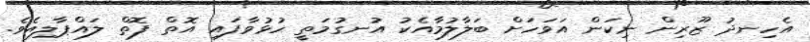
އެހިނދު ޒޫރިން ނިކަން އަވަހަށް ބަލާލުމާއެކު އުނގުމަތީ ހުޅުވާފައި އޮތް ފޮތް ލައްޕާލިއެވެ.